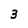
Character: 3